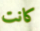
كانت